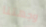
وجهتنا